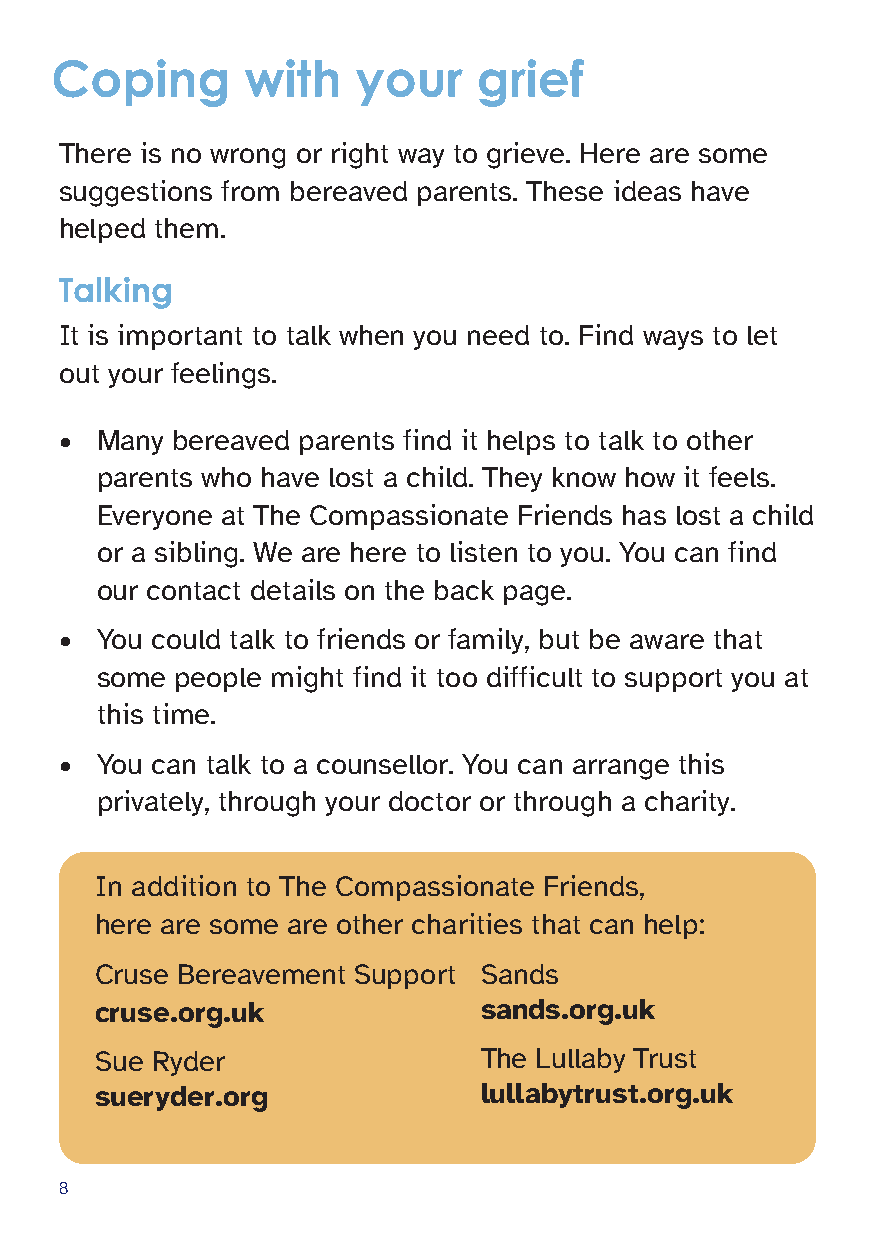
Coping       with    your    grief
 There is no wrong or right way to grieve. Here are some
 suggestions from bereaved parents. These ideas have
 helped them.
 Talking
 It is important to talk when you need to. Find ways to let
 out your feelings.
 • Many bereaved parents find it helps to talk to other
 parents who have lost a child. They know how it feels.
 Everyone at The Compassionate Friends has lost a child
 or a sibling. We are here to listen to you. You can find
 our contact details on the back page.
 • You could talk to friends or family, but be aware that
 some  people might find it too difficult to support you at
 this time.
 • You can talk to a counsellor. You can arrange this
 privately, through your doctor or through a charity.
 In addition to The Compassionate Friends,
 here are some are other charities that can help:
 Cruse Bereavement Support Sands
 cruse.org.uk              sands.org.uk
 Sue Ryder                 The Lullaby Trust
 sueryder.org              lullabytrust.org.uk
 8